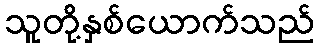
သူတို့နှစ်ယောက်သည်